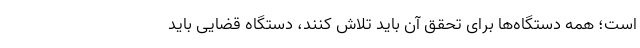
است؛ همه دستگاه‌ها برای تحقق آن باید تلاش کنند، دستگاه قضایی باید